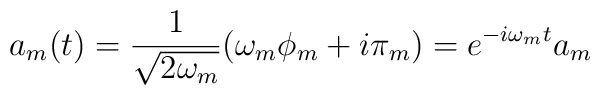
a_{m} (t) = \frac{1}{\sqrt {2 \omega_{m}}} ( \omega_{m} \phi_{m} + i \pi_{m} ) = e^{-i \omega_{m} t} a_{m}